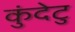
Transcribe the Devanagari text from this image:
कुंदेटु